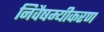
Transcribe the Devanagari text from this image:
निवैषम्यीकरण